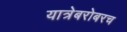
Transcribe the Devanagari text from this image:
यात्रेबरोबरच